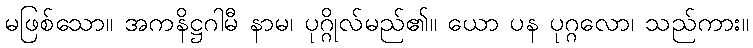
မဖြစ်သော။ အကနိဋ္ဌဂါမီ နာမ၊ ပုဂ္ဂိုလ်မည်၏။ ယော ပန ပုဂ္ဂလော၊ သည်ကား။